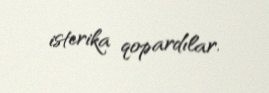
isterika qopardılar.